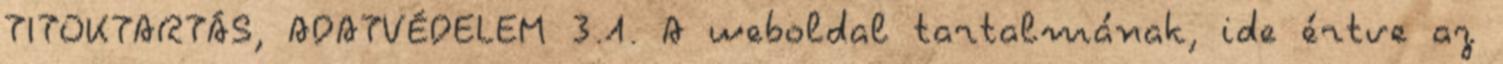
TITOKTARTÁS, ADATVÉDELEM 3.1. A weboldal tartalmának, ide értve az